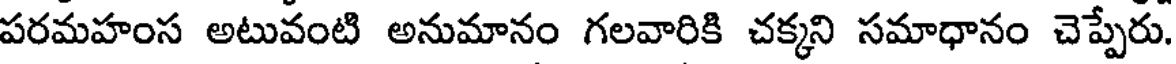
పరమహంస అటువంటి అనుమానం గలవారికి చక్కని సమాధానం చెప్పేరు.